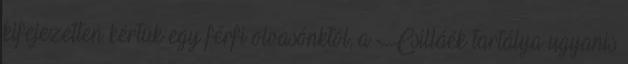
kifejezetten kértük egy férfi olvasónktól, a Csilláék tartálya ugyanis